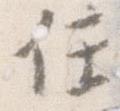
任